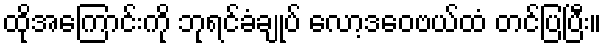
ထိုအကြောင်းကို ဘုရင်ခံချုပ် လော့ဒဝေဗယ်ထံ တင်ပြပြီး။